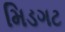
મિડગટ